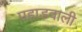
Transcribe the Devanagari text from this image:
पहाडवाली